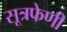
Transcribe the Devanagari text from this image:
सूत्रफेणी